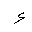
Letter: _hamza